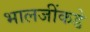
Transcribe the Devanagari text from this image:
भालजींकडे